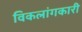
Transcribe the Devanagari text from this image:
विकलांगकारी